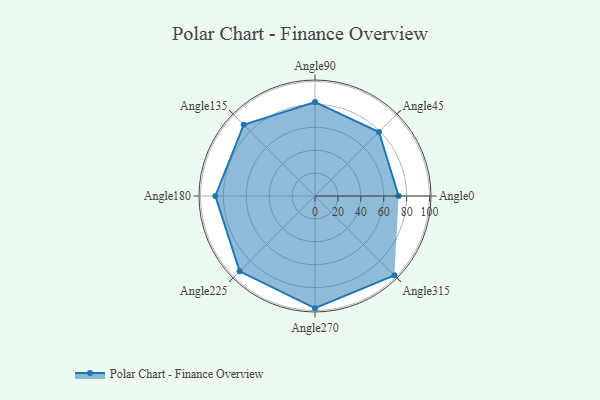
{"axis": {"x": "Angle", "y": "Radius"}, "legend": [""], "data": [{"x": "Angle0", "y": 73.0, "type": ""}, {"x": "Angle45", "y": 79.0, "type": ""}, {"x": "Angle90", "y": 82.0, "type": ""}, {"x": "Angle135", "y": 88.0, "type": ""}, {"x": "Angle180", "y": 87.0, "type": ""}, {"x": "Angle225", "y": 93.0, "type": ""}, {"x": "Angle270", "y": 98.0, "type": ""}, {"x": "Angle315", "y": 98.0, "type": ""}]}